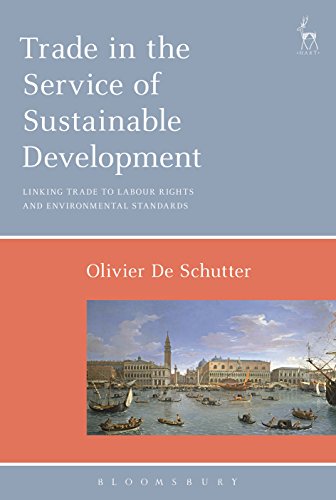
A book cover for Trade in the Service of Sustainable Development: Linking Trade to Labour Rights and Environmental Standards; Olivier De Schutter; Law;